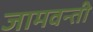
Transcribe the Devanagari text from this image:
जामवन्ती